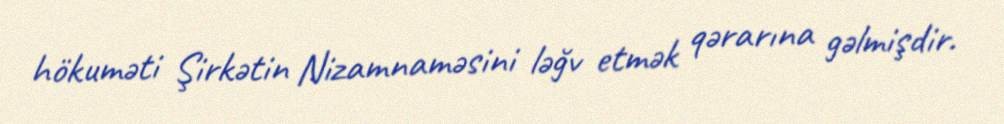
hökuməti Şirkətin Nizamnaməsini ləğv etmək qərarına gəlmişdir.